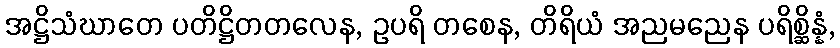
အဋ္ဌိသံဃာတေ ပတိဋ္ဌိတတလေန, ဥပရိ တစေန, တိရိယံ အညမညေန ပရိစ္ဆိန္နံ,